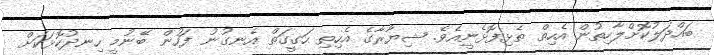
ބައްދަލުކޮށްލާހިތުން އެހިތް ތެޅިފޮޅެނީއެވެ. ޝިޔާރާގެ އެހިތި ހަގީގަތް އެނގުނު ފަހުން ބޭނުމީ ހިނދުކޮޅަކަށް